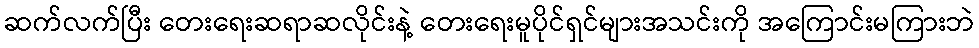
ဆက်လက်ပြီး တေးရေးဆရာဆလိုင်းနဲ့ တေးရေးမူပိုင်ရှင်များအသင်းကို အကြောင်းမကြားဘဲ